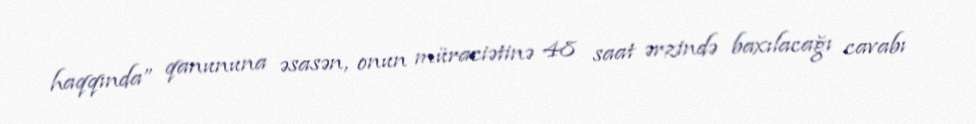
haqqında” qanununa əsasən, onun müraciətinə 48 saat ərzində baxılacağı cavabı